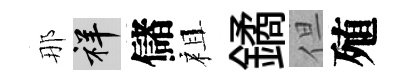
那祥儲祖鐍但殖